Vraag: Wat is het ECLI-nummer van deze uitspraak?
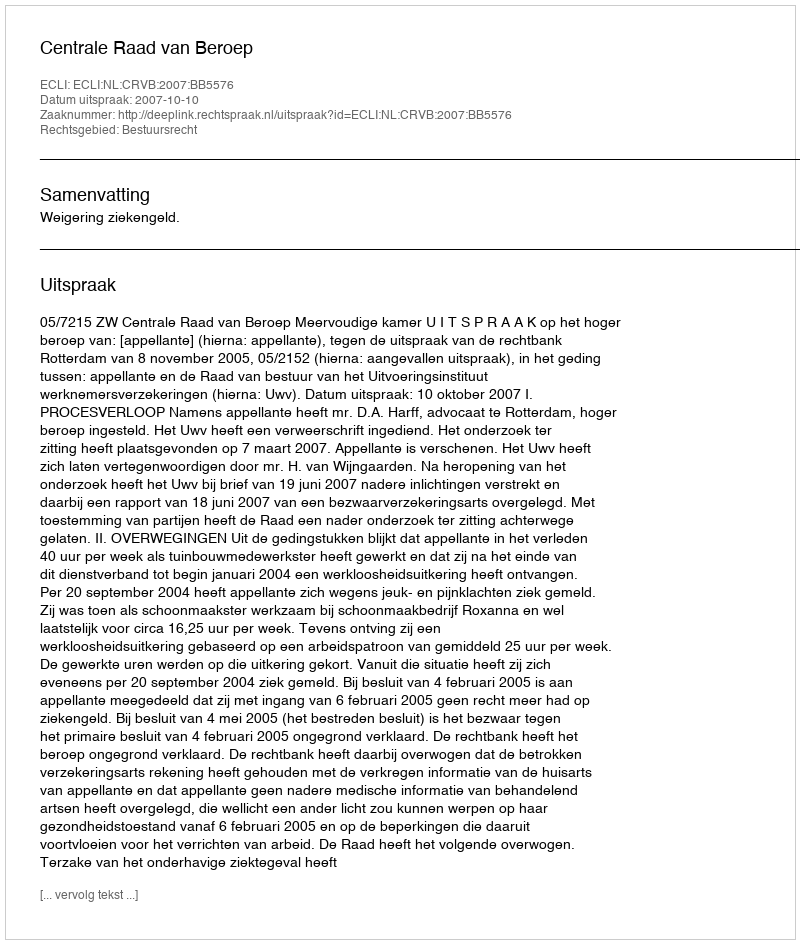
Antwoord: ECLI:NL:CRVB:2007:BB5576